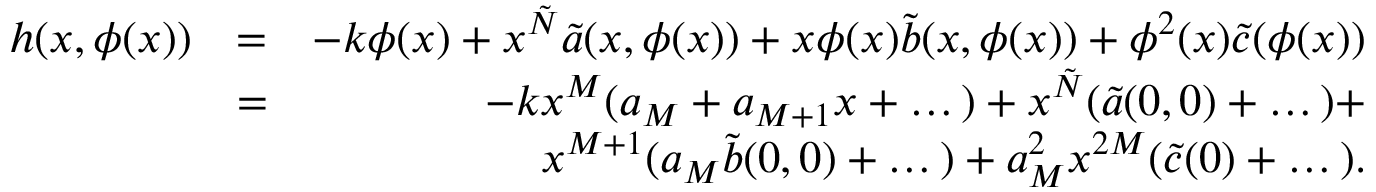
\begin{array} { r l r } { h ( x , \phi ( x ) ) } & { = } & { - k \phi ( x ) + x ^ { \tilde { N } } \tilde { a } ( x , \phi ( x ) ) + x \phi ( x ) \tilde { b } ( x , \phi ( x ) ) + \phi ^ { 2 } ( x ) \tilde { c } ( \phi ( x ) ) } \\ & { = } & { - k x ^ { M } ( a _ { M } + a _ { M + 1 } x + \dots ) + x ^ { \tilde { N } } ( \tilde { a } ( 0 , 0 ) + \dots ) + } \\ & { } & { x ^ { M + 1 } ( a _ { M } \tilde { b } ( 0 , 0 ) + \dots ) + a _ { M } ^ { 2 } x ^ { 2 M } ( \tilde { c } ( 0 ) + \dots ) . } \end{array}